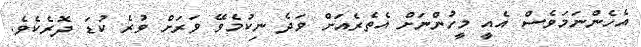
އެހެންނަމަވެސް އެއީ މީހުންނަށް އެތެރެއަށް ވަދެ ނިކުމެވޭ ވަރަށް ވުރެ ކުޑަ ދޮރެކެވެ.